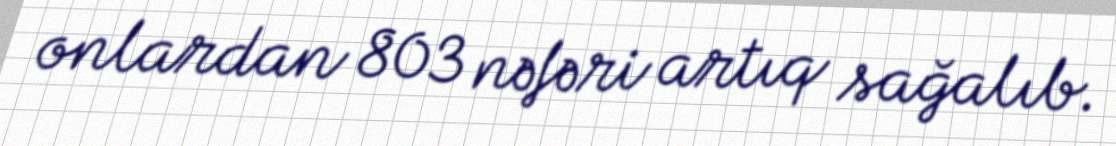
onlardan 803 nəfəri artıq sağalıb.